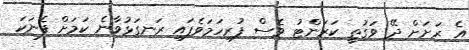
އެ ރަށަށް ދޭ ވަގުތީ ކަރަންޓު ވެސް ފުރިހަމަވެފައި ރަނގަޅުވާނެ ކަމަށް ފެނަކަ